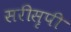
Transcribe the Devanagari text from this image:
सरीसृपी